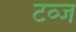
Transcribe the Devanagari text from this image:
टव्ज